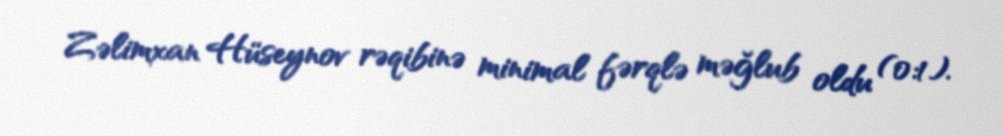
Zəlimxan Hüseynov rəqibinə minimal fərqlə məğlub oldu (0:1).